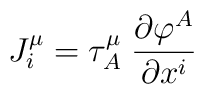
J_i^\mu=\tau_A^\mu \;\frac{\partial\varphi^A}{\partial x^i}